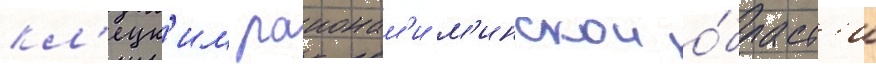
кл'ецк'им раионам'и м'инскои о́бласт'и